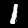
Label: 1